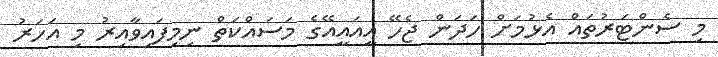
މި ސެންޓަރުތައް އެޅުމަށް ހަދަން ޖެހޭ އީއައީއޭގެ މަސައްކަތް ނިމިފައިވާއިރު މި އަހަރު